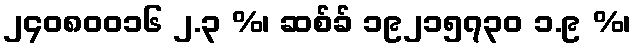
၂၄၀၈၀၀၁၆ ၂.၃ %၊ ဆစ်ခ် ၁၉၂၁၅၇၃၀ ၁.၉ %၊